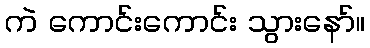
ကဲ ကောင်းကောင်း သွားနော်။